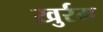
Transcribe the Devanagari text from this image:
ख़ुर्रम